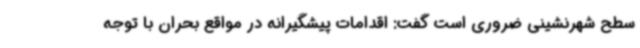
سطح شهرنشینی ضروری است گفت: اقدامات پیشگیرانه در مواقع بحران با توجه